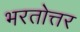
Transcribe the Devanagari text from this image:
भरतोत्तर